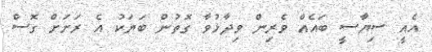
އެއީ ސިޔާސީ ބައެއް ވެރިން ވިދާޅުވާ ގޮތުން ބަޔަކު އެ ރަށަށް ގޮސް